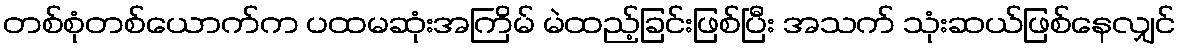
တစ်စုံတစ်ယောက်က ပထမဆုံးအကြိမ် မဲထည့်ခြင်းဖြစ်ပြီး အသက် သုံးဆယ်ဖြစ်နေလျှင်